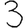
Digit: 3